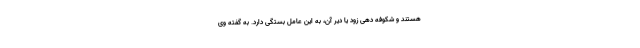
هستند و شکوفه دهی زود یا دیر آن، به این عامل بستگی دارد. به گفته وی